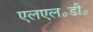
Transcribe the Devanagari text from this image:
एलएल॰डी॰